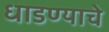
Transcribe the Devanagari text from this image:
धाडण्याचे